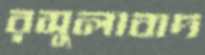
রসুলাবাদ